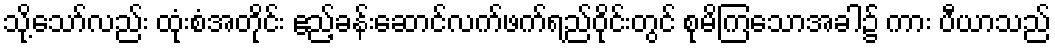
သို့သော်လည်း ထုံးစံအတိုင်း ဧည့်ခန်းဆောင်လက်ဖက်ရည်ဝိုင်းတွင် စုမိကြသောအခါ၌ ကား ပီယာသည်